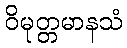
ဝိမုတ္တမာနသံ